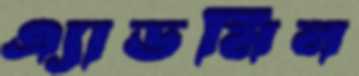
এ্যাডমিন